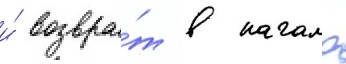
и́ возвра́т в начало